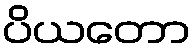
ပိယတော